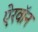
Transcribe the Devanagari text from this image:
ऐरवॉन